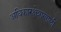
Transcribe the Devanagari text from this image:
अधिकारक्षेत्राखाली